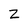
Character: Z